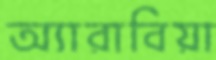
অ্যারাবিয়া